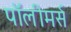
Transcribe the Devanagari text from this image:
पॉलीमर्स